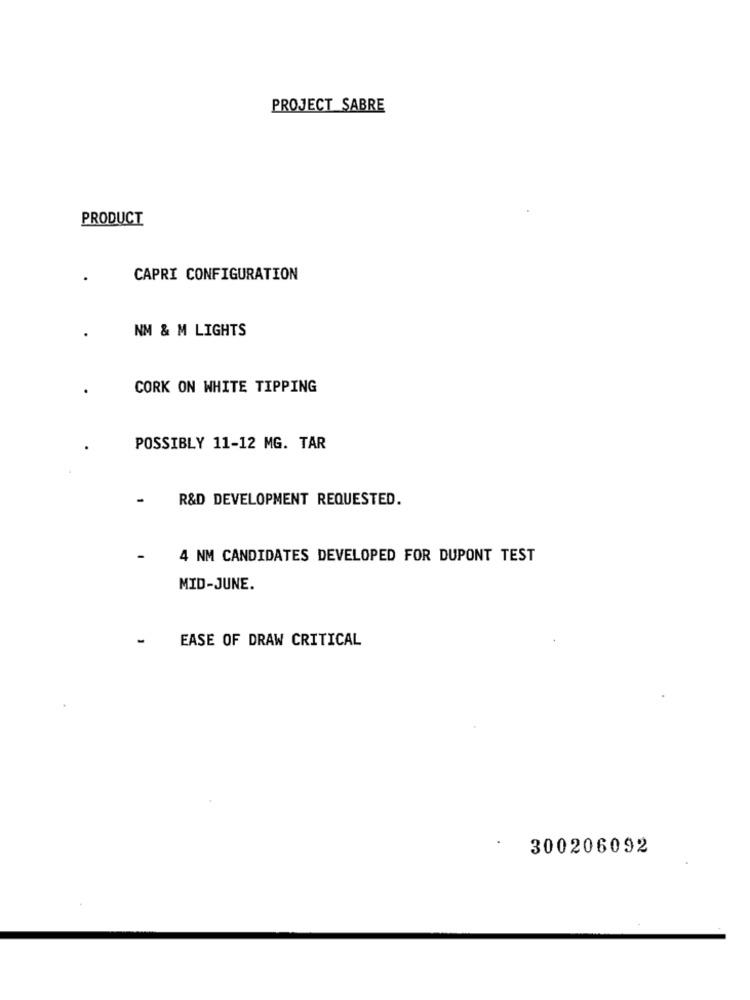
PROJECT_SABRE
PRODUCT
CAPRI CONFIGURATION
NM & M LIGHTS
CORK ON WHITE TIPPING
POSSIBLY 11-12 MG. TAR
-
R&D DEVELOPMENT REQUESTED.
4 NM CANDIDATES DEVELOPED FOR DUPONT TEST
MID-JUNE.
-
EASE OF DRAW CRITICAL
300206092